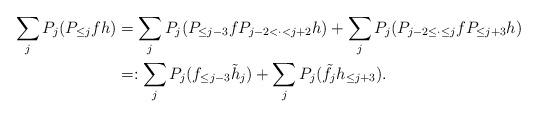
LaTeX: \begin{align*}\sum_j P_j (P_{\le j} f h) &= \sum_j P_j ( P_{\le j-3} f P_{j-2<\cdot <j+2} h) + \sum_j P_j (P_{j-2\le \cdot \le j} fP_{\le j+3} h) \\& =: \sum_j P_j (f_{\le j-3} \tilde h_j) + \sum_j P_j (\tilde f_j h_{\le j+3}).\end{align*}